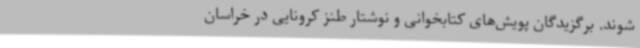
شوند. برگزیدگان پویش‌های کتابخوانی و نوشتار طنز کرونایی در خراسان